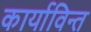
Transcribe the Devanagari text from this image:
कार्याविन्त